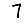
Digit: 7